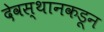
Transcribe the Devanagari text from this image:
देवस्थानकडून